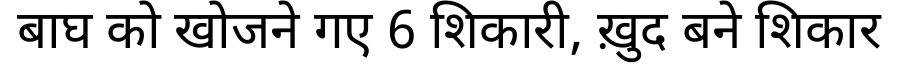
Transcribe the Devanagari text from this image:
बाघ को खोजने गए 6 शिकारी, ख़ुद बने शिकार